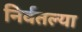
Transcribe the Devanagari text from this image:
निर्वतल्या